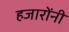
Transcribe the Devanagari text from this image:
हजारोंनी